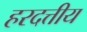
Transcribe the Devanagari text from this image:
हरदत्तीय